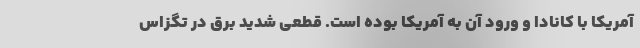
آمریکا با کانادا و ورود آن به آمریکا بوده است. قطعی شدید برق در تگزاس